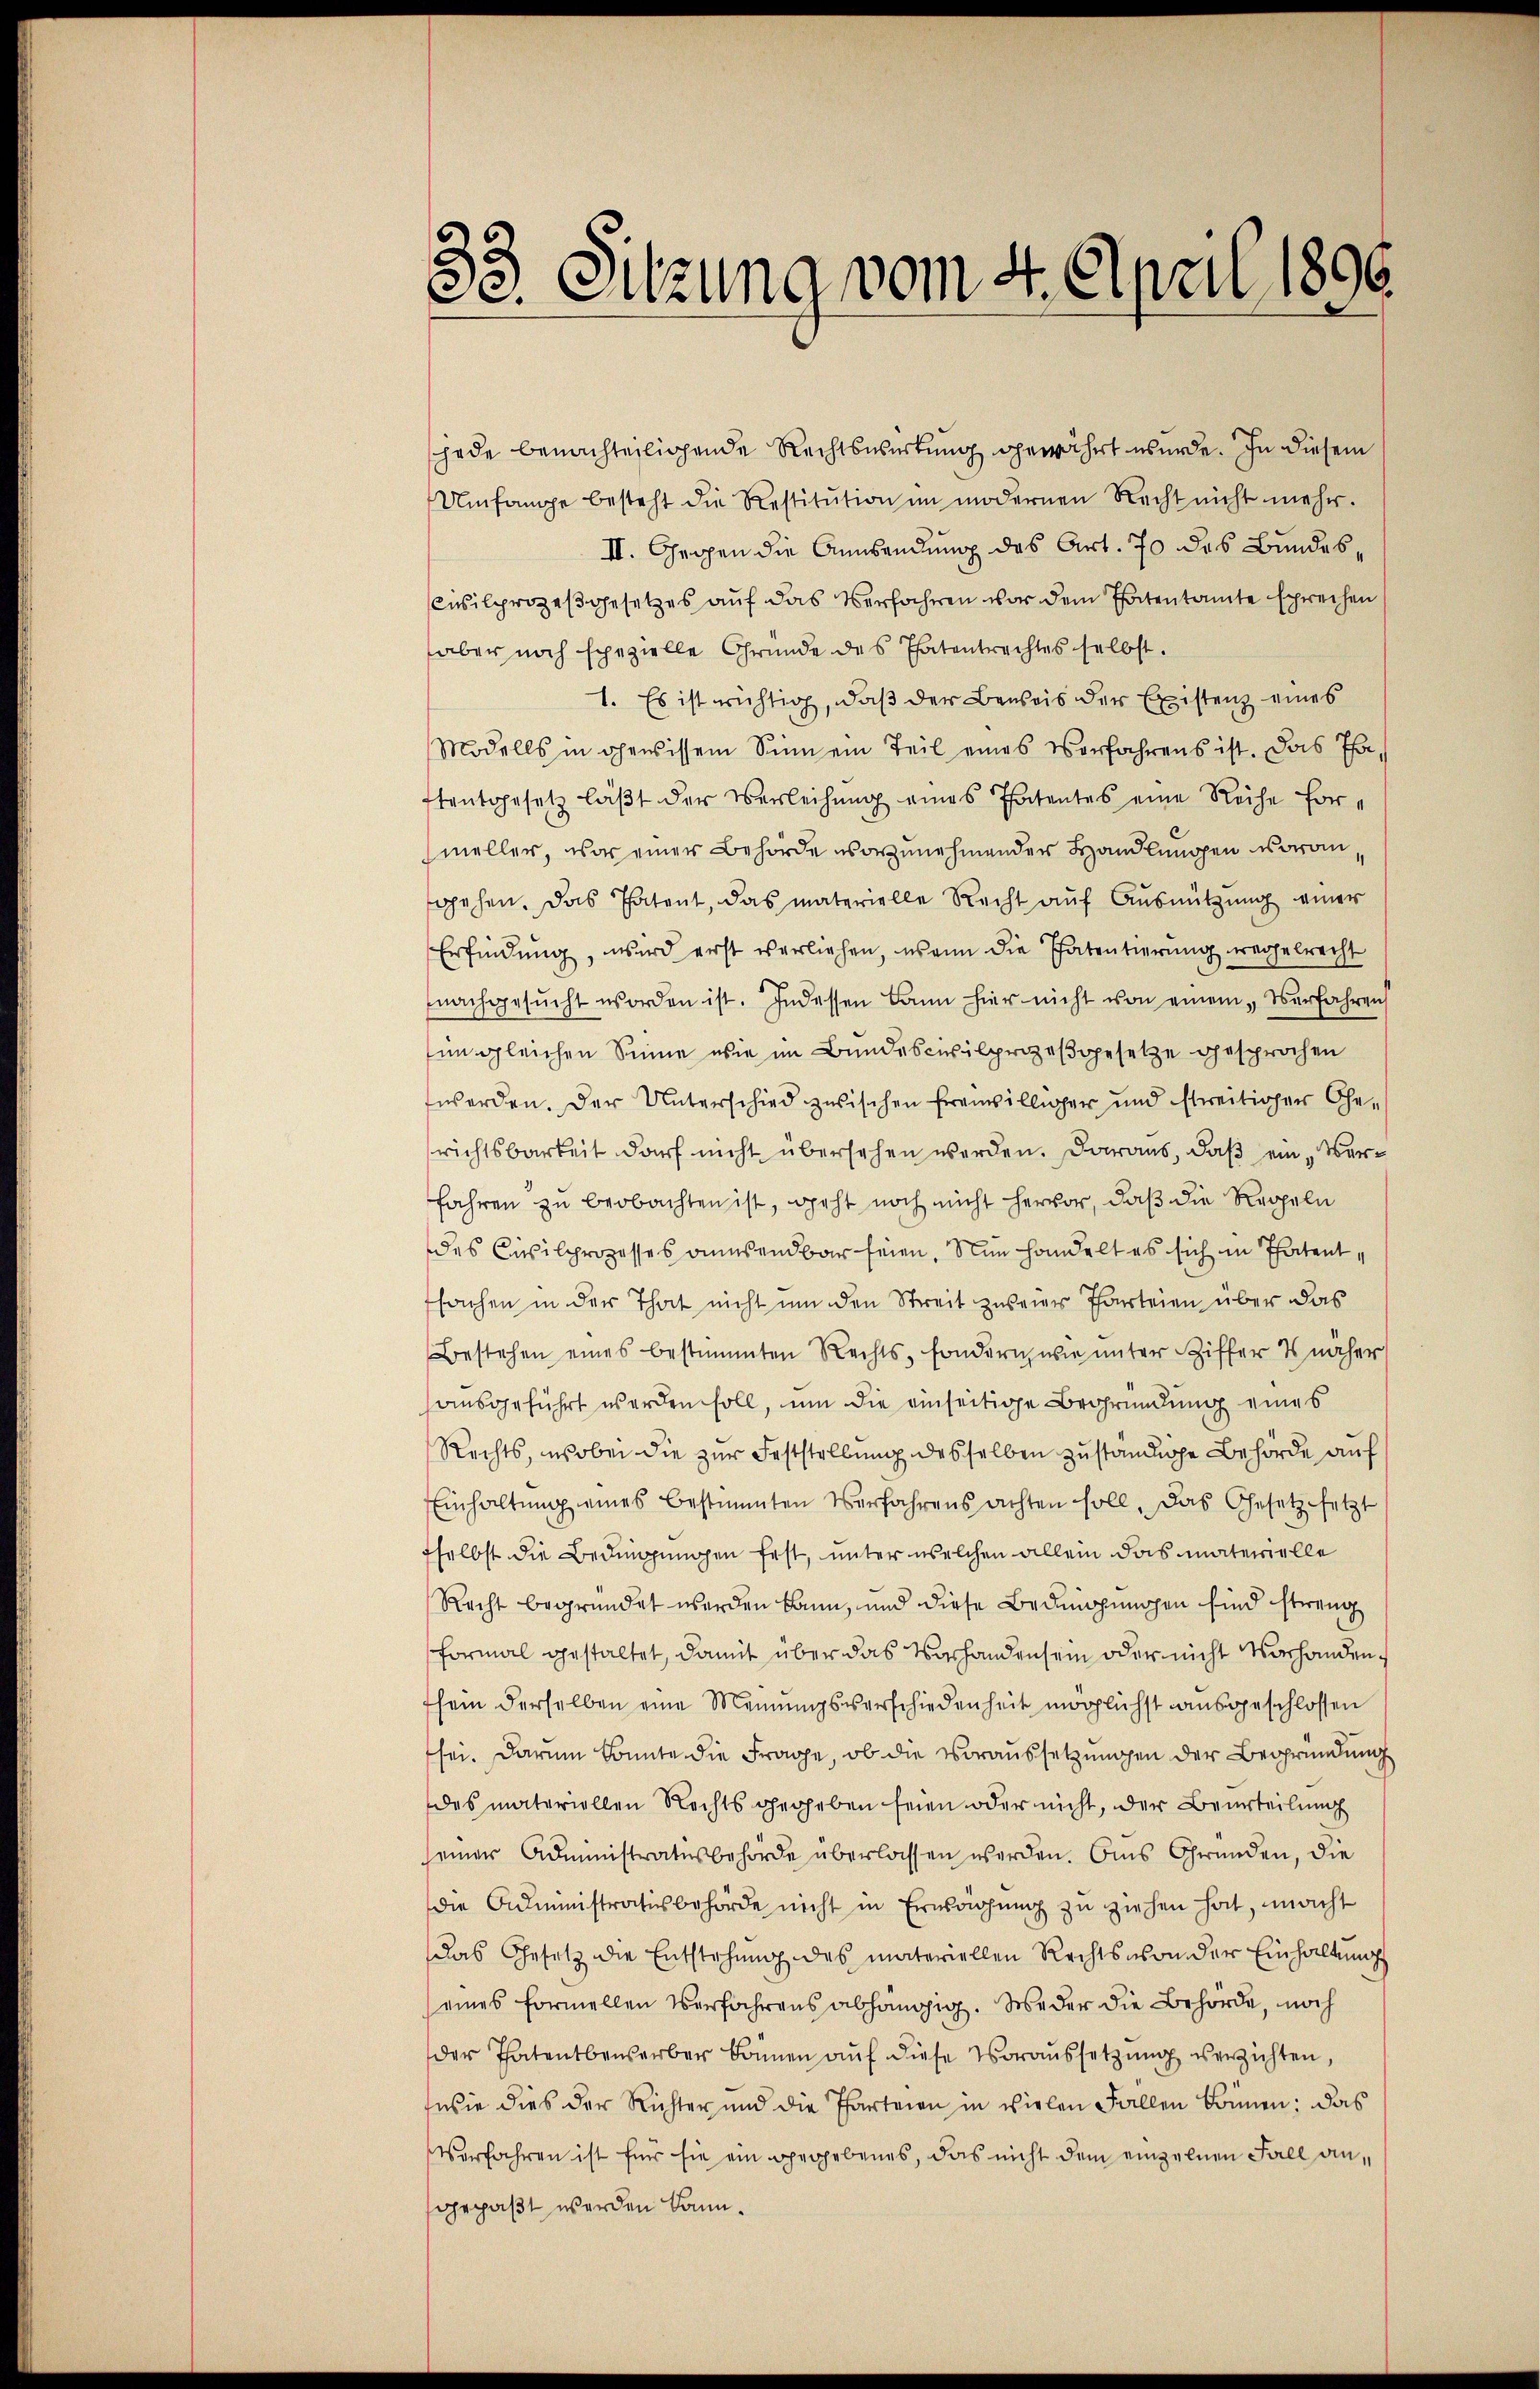
33. Sitzung vom 4. April 1896.

jede benachteilichende Rechtswirkung gewährt wurde. In diesem
Umfange besteht die Restitŭtion im modernen Recht nicht mehr.
II. Geogen die Ansendung das Art. 70 des Bundes¬
Civilprozeßgesetzes auf das Verfahren vor dem Patentamte sprechen
aber noch spezielle Gründe des Thatentrachtes selbst.
1. Es ist richtig, daß der Beweis der Existenz eines
Modells in gewissem Sinn ein Teil eines Vorfahrens ist. Das Tha
stentgesetz läβt der Verleihung eines Thatentes eine Reihe formeller, war einer Behörde vorzunehmender Handlungen woran
gehen. Das Patent, das materielle Recht auf Ausnützung einer
Erfindung, wird erst verliehen, wenn die Patentierung regelrecht
nachgesŭcht worden ist. Indessen kann hier nicht von einem „Verfahren
im gleichen Sinne wie im Bundescivilprozeßgesetze gesprochen
worden. Der Unterschied zwischen Ereiwilliger und streitiger Ge-
richtsbarkeit darf nicht übersehen werden. Daraus, daß ein Verfahren zu beobachten ist, geht noch nicht hervor, daß die Regeln
des Civilprozesses anwendbar seien. Nun handelt es sich in Thatent
fsachen in der That nicht um den Streit zuseines Parteien über das
Bestehen eines bestimmten Rechts, sondern wie unter Ziffer 4 näher
ausgeführt werden soll, um die einseitige Begründung eines
Rechts, wobei die zur Feststellung desselben zuständige Behörde auf
Einhaltung eines bestimmten Verfahrens achten soll. Das Gesetz setzt
fselbst die Bedingungen fest, unter welchen allein das materielle
Recht begründet werden kann, und diese Bedingungen sind streng
formal gestaltet, damit über das Vorhanden sein oder nicht vorhanden,
sein derselben eine Meinungsverschiedenheit möglichst ausgeschlossen
sei. Darum konnte die Frage, ob die Voraussetzungen der Begründung
das materiellen Rechts gegeben seien oder nicht, der Beurteilung
seiner Administratsbehörde überlassen werden. Aus Gründen, die
die Administratis behörde nicht in Erwachung zu ziehen hat, macht
das Gesetz die Entstehung des materiellen Rechts von der Einhaltung
eines formellen Verfahrens abhängig. Weder die Behörde, noch
der Thatentbewerber können auf diese Voraussetzung verzichten,
wie dies der Richter und die Parteien in vielen Fallen können; das
Verfahren ist für sie ein gegebenes, das nicht dem einzelnen Fall angepaßt werden kann.